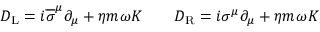
D _ { \mathrm { { L } } } = i { \overline { { \sigma } } } ^ { \mu } \partial _ { \mu } + \eta m \omega K \qquad D _ { \mathrm { { R } } } = i \sigma ^ { \mu } \partial _ { \mu } + \eta m \omega K